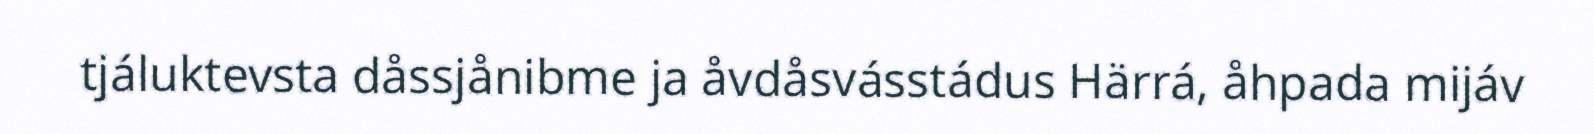
tjáluktevsta dåssjånibme ja åvdåsvásstádus Härrá, åhpada mijáv